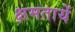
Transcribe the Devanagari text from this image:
क्षमतायें